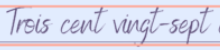
Trois cent vingt-sept